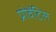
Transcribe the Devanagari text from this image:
प्रोवेंटिल